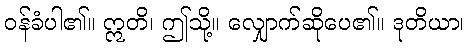
ဝန်ခံပါ၏။ ဣတိ၊ ဤသို့။ လျှောက်ဆိုပေ၏။ ဒုတိယာ၊